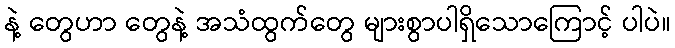
နဲ့ တွေဟာ တွေနဲ့ အသံထွက်တွေ များစွာပါရှိသောကြောင့် ပါပဲ။